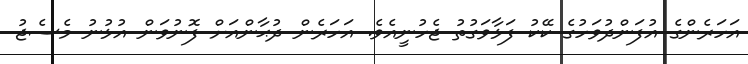
އަހަރެންގެ އުފަންދުވަހުގެ ކޭކު ފަޅާވަގުތު ޖެހުނީއެވެ. އަހަރެން ދުޙާންއަށް ފޮނުވަން އުޅުނު މެސެޖު